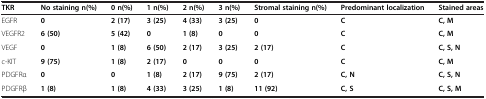
| TKR | No staining n(%) | 0 n(%) | 1 n(%) | 2 n(%) | 3 n(%) | Stromal staining n(%) | Predominant localization | Stained areas |
 | --- | --- | --- | --- | --- | --- | --- | --- | --- |
 | EGFR | 0 | 2 (17) | 3 (25) | 4 (33) | 3 (25) | 0 | C | C, M |
 | VEGFR2 | 6 (50) | 5 (42) | 0 | 1 (8) | 0 | 0 | C | C, M |
 | VEGF | 0 | 1 (8) | 6 (50) | 2 (17) | 3 (25) | 2 (17) | C | C, S, N |
 | c-KIT | 9 (75) | 1 (8) | 2 (17) | 0 | 0 | 0 | C | C, M |
 | PDGFRα | 0 | 0 | 1 (8) | 2 (17) | 9 (75) | 2 (17) | C, N | C, S, N |
 | PDGFRβ | 1 (8) | 1 (8) | 4 (33) | 3 (25) | 1 (8) | 11 (92) | C, S | C, S, M |